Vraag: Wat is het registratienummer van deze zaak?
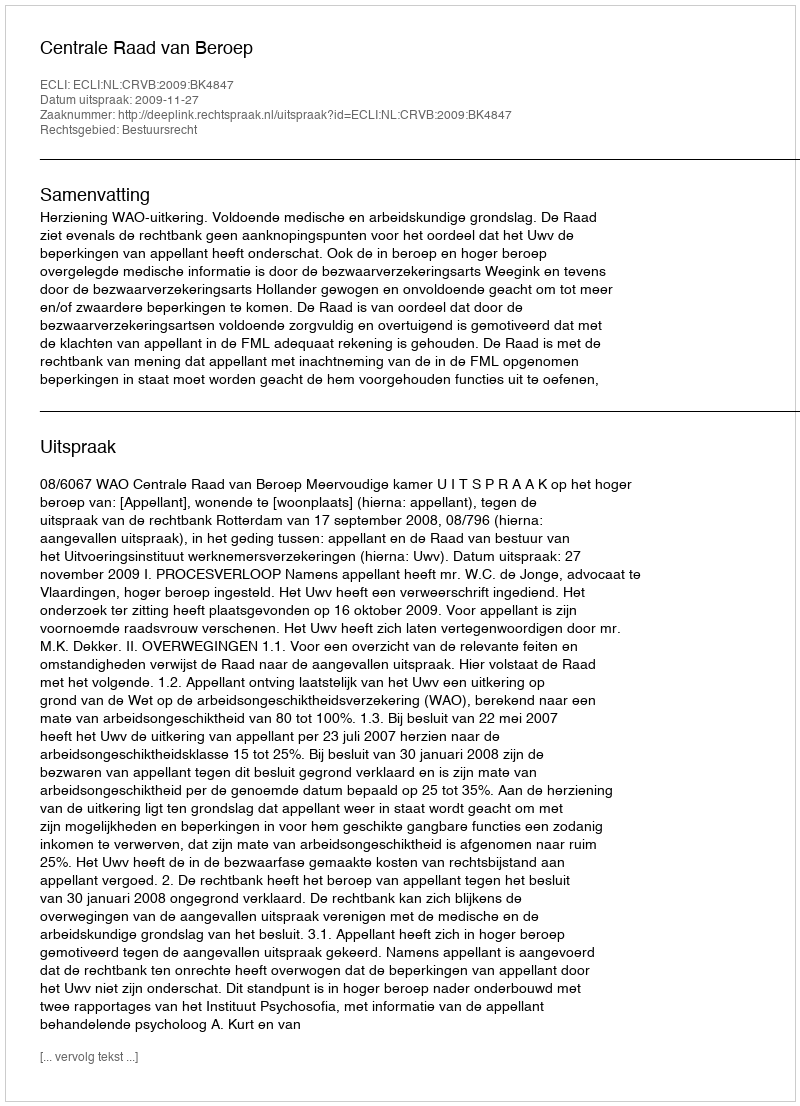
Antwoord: http://deeplink.rechtspraak.nl/uitspraak?id=ECLI:NL:CRVB:2009:BK4847